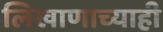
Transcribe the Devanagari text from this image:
लिखाणाच्याही